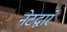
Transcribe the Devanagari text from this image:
नेटद्वारे